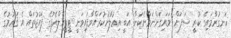
ހަނގުރާމައިގެ ކުރީ ސަފަށް ވަޑައިގަންނަވާނެކަން އަބީ އިޢުލާނުކުރައްވާފައިވަނީ ޓީޕީއެލްއެފުގެ ފައުޖުތައް އެ ޤައުމުގެ